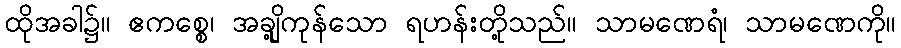
ထိုအခါ၌။ ဧကစ္စေ၊ အချို့ကုန်သော ရဟန်းတို့သည်။ သာမဏေရံ၊ သာမဏေကို။